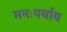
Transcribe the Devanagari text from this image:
मनःपर्याय